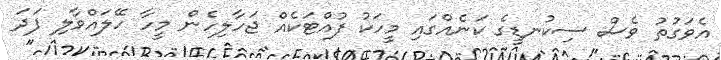
އެވަގުތު ވެސް ސިކުނޑީގެ ކަނެއްގައި މީހަކު ފުއްޓަކެއް ޖަހާލިހެން މީހާ ހޭލައްވާލި ފަދަ